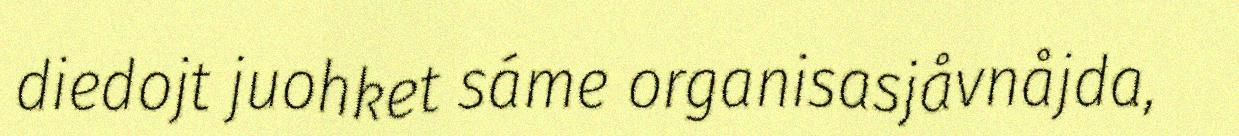
diedojt juohket sáme organisasjåvnåjda,